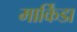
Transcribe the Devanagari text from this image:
मार्किंडा